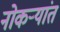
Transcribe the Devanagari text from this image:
नोकर्‍यांत